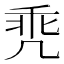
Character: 𪞳